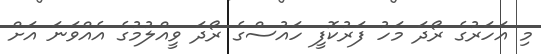
މި އަހަރުގެ ރޯދަ މަހު ފަރުކޮފީ ހައުސްގެ ރޯދަ ވީއްލުމުގެ އެއްވަނަ އަށް